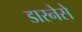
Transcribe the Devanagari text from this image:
डारनेसे